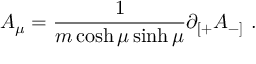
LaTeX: A _ { \mu } = \frac { 1 } { m \cosh \mu \sinh \mu } \partial _ { [ + } A _ { - ] } \ .